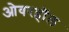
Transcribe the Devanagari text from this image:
ओवरहॉल